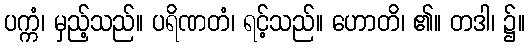
ပက္ကံ၊ မှည့်သည်။ ပရိဏတံ၊ ရင့်သည်။ ဟောတိ၊ ၏။ တဒါ၊ ၌။